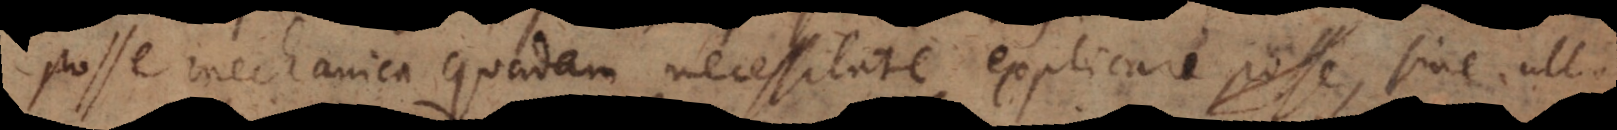
posse mechanica quadam necessitate explicari, sine ul